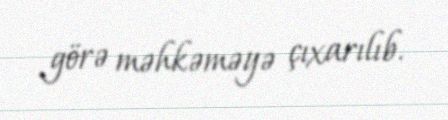
görə məhkəməyə çıxarılıb.